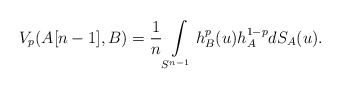
\begin{align*}V_p(A[n-1],B)=\frac{1}{n} \int\limits_{S^{n-1}} h^p_B(u)h_A^{1-p} dS_A(u).\end{align*}